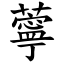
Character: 薴